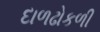
દાળઢોકળી